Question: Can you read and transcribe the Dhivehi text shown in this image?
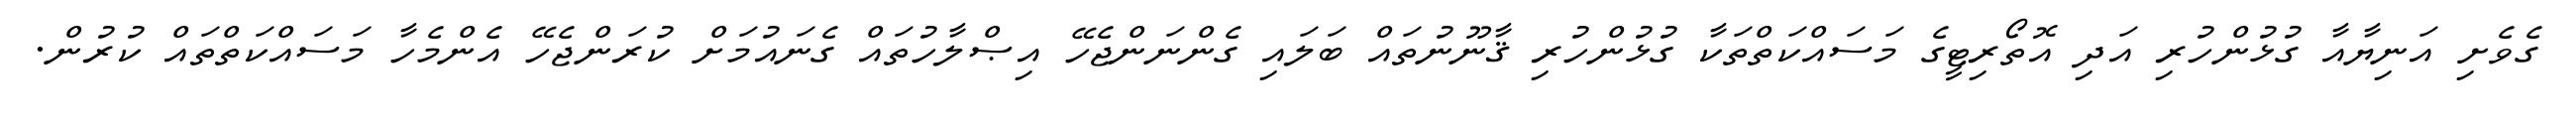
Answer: ގެވެށި އަނިޔާއާ ގުޅުންހުރި އަދި އޮތޯރިޓީގެ މަސައްކަތްތަކާ ގުޅުންހުރި ޤާނޫނުތައް ބަލައި ގެންނަންޖެހޭ އިޞްލާހުތައް ގެނައުމަށް ކުރަންޖެހޭ އެންމެހާ މަސައްކަތްތައް ކުރުން.